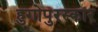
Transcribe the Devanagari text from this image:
हुगोपुरस्कार